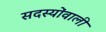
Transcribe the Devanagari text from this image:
सदस्योंवाली